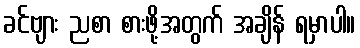
ခင်ဗျား ညစာ စားဖို့အတွက် အချိန် ရမှာပါ။